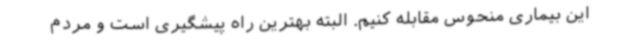
این بیماری منحوس مقابله کنیم. البته بهترین راه پیشگیری است و مردم